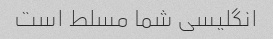
انگلیسی شما مسلط است